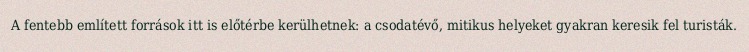
A fentebb említett források itt is előtérbe kerülhetnek: a csodatévő, mitikus helyeket gyakran keresik fel turisták.